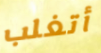
أتغلب